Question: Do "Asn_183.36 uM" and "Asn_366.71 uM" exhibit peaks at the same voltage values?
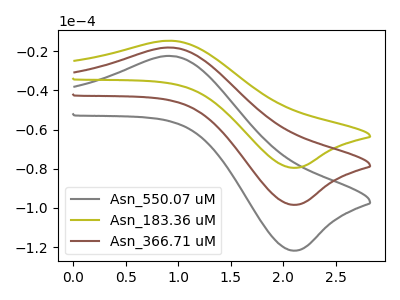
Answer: <think>The gray curve "Asn_550.07 uM" has an anodic peak at (0.95V, -36.25uA) and a cathodic peak at (2.10V, -196.75uA). The olive curve "Asn_183.36 uM" has an anodic peak at (0.95V, -14.65uA) and a cathodic peak at (2.10V, -79.50uA). The brown curve "Asn_366.71 uM" has an anodic peak at (0.95V, -18.15uA) and a cathodic peak at (2.10V, -98.35uA).</think>
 <answer>Yes, "Asn_183.36 uM" have a peak in "Asn_366.71 uM" at the same potential.</answer>
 <eval>match</eval>